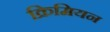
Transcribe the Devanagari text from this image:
क्रिमियन